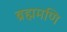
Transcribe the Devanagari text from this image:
ब्रह्ममणि